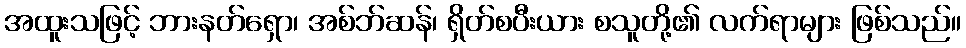
အထူးသဖြင့် ဘားနတ်ရှော၊ အစ်ဘ်ဆန်၊ ရှိတ်စပီးယား စသူတို့၏ လက်ရာများ ဖြစ်သည်။